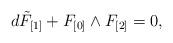
LaTeX: \begin{align*}d \tilde F_{[1]} + F_{[0]} \wedge F_{[2]} =0,\end{align*}